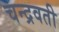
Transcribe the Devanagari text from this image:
चन्द्रवती